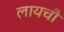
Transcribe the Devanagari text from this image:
लायचौ